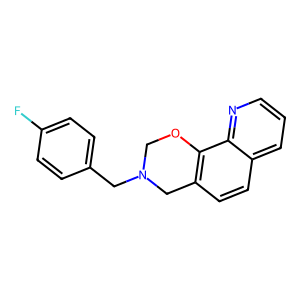
SMILES: Fc1ccc(CN2COc3c(ccc4cccnc34)C2)cc1
Inhibits HIV replication: No